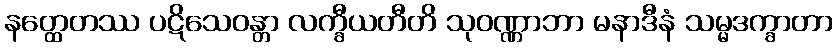
နတ္ထေတဿ ပဋိသေဝန္တာ လက္ခီယတီတိ သုဝဏ္ဏာဘာ မနာဒီနံ သမ္မဒက္ခာတာ